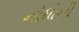
નોધોની